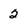
Character: 2